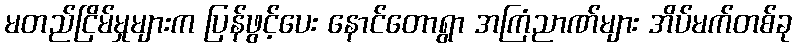
မတည်ငြိမ်မှုများက ပြန်ဖွင့်ပေး နောင်တောရွာ အကြံညာဏ်များ အိပ်မက်တစ်ခု